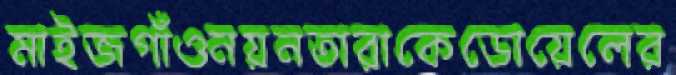
মাইজগাঁওনয়নতারাকেডোয়েলের